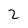
Character: 2